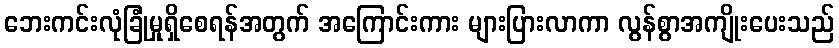
ဘေးကင်းလုံခြုံမှုရှိစေရန်အတွက် အကြောင်းကား များပြားလာကာ လွန်စွာအကျိုးပေးသည်